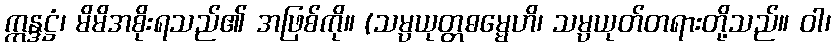
ဣန္ဒဋ္ဌံ၊ မိမိအစိုးရသည်၏ အဖြစ်ကို။ (သမ္ပယုတ္တဓမ္မေဟိ၊ သမ္ပယုတ်တရားတို့သည်။ ဝါ၊